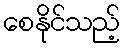
စေနိုင်သည့်